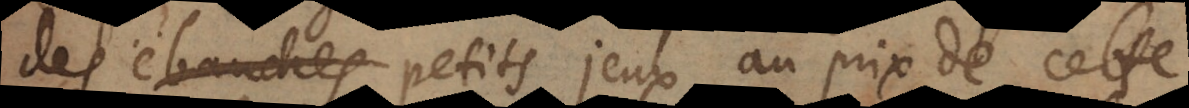
des ébauches petits jeux au prix de cett